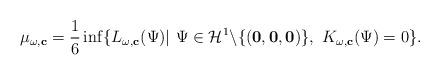
LaTeX: \begin{align*}\mu_{\omega,\mathbf{c}}=\frac{1}{6}\inf \{L_{\omega,\mathbf{c}}(\Psi)|\ \Psi \in \mathcal{H}^1\backslash \{(\mathbf{0},\mathbf{0},\mathbf{0})\},\ K_{\omega,\mathbf{c}}(\Psi)=0\}. \end{align*}